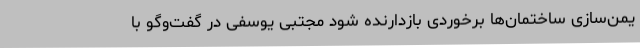
یمن‌سازی ساختمان‌ها برخوردی بازدارنده شود مجتبی یوسفی در گفت‌وگو با